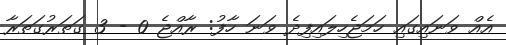
އެއް ވަނައިގައި ހަަަމަޖެހިލައިފިދެ ވަނަ ހާފު: ރާއްޖެ 0 - 3 ގަތަރުގަތަރާ